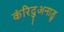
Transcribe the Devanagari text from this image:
कंरिदुअनाडु